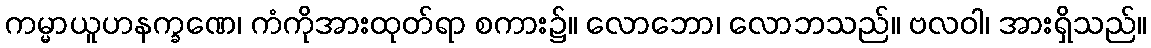
ကမ္မာယူဟနက္ခဏေ၊ ကံကိုအားထုတ်ရာ စကား၌။ လောဘော၊ လောဘသည်။ ဗလဝါ၊ အားရှိသည်။